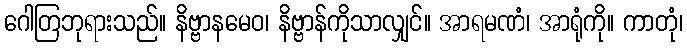
ဂေါတြဘုရားသည်။ နိဗ္ဗာနမေဝ၊ နိဗ္ဗာန်ကိုသာလျှင်။ အာရမဏံ၊ အာရုံကို။ ကာတုံ၊